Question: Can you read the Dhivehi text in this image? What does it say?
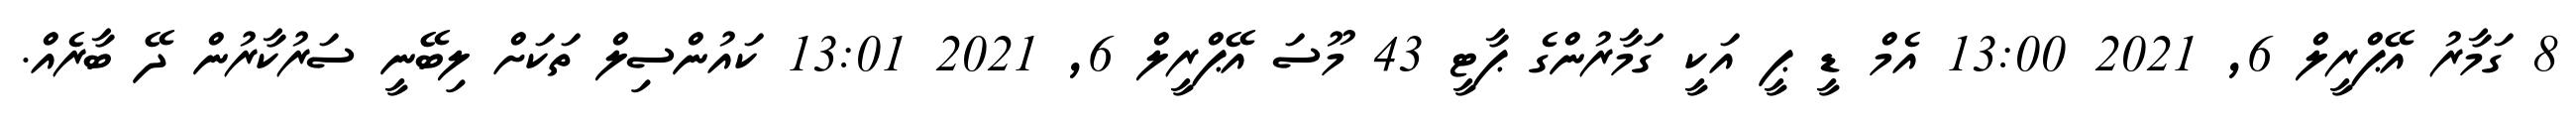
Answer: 8 ގަމާރު އޭޕްރީލް 6, 2021 13:00 އެމް ޑީ ޕީ އަކީ ގަމާރުންގެ ޕާޓީ 43 މޫސަ އޭޕްރީލް 6, 2021 13:01 ކައުންސިލް ތަކަށް ލިބޭނީ ސަރުކާރުން ދޭ ބާރެއް.